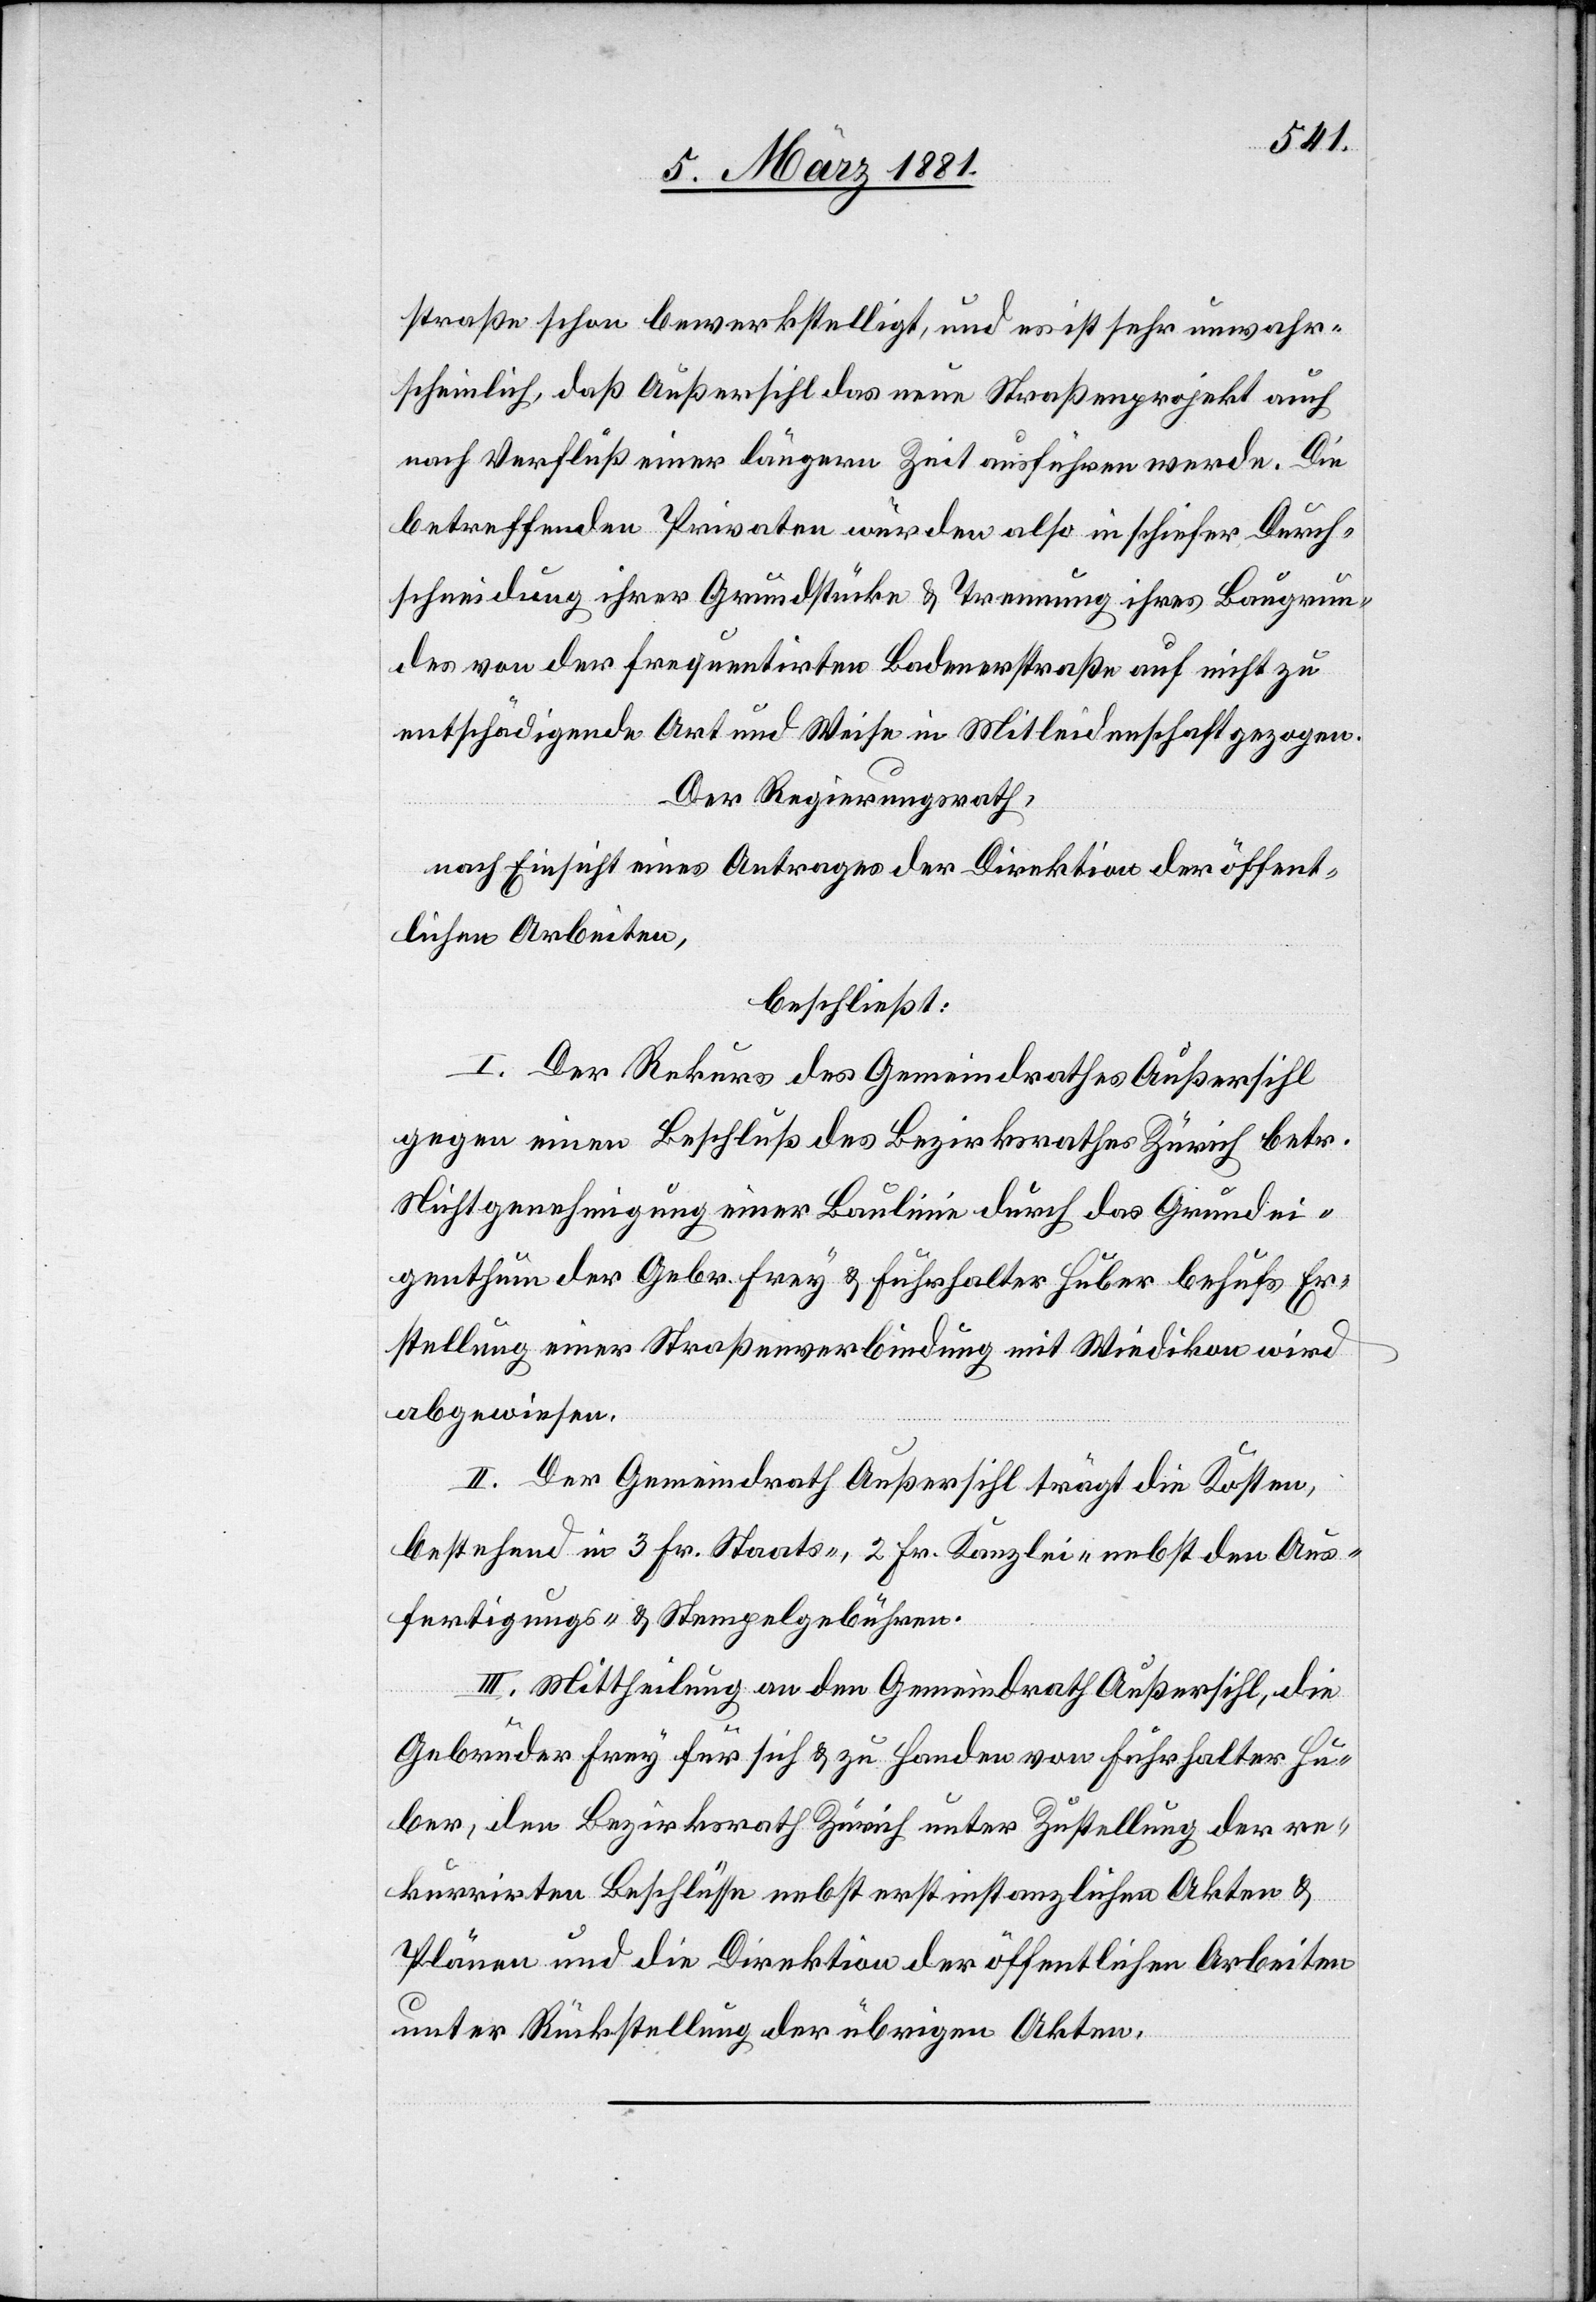
straße schon bewerkstelligt, und es ist sehr unwahr¬
scheinlich, daß Außersihl das neue Straßenprojekt auch
nach Verfluß einer längern Zeit ausführen werde. Die
betreffenden Privaten würden also in schiefer Durch¬
schneidung ihrer Grundstücke & Trennung ihres Baugrun¬
des von der frequentirten Badenerstraße auf nicht zu
entschädigende Art und Weise in Mitleidenschaft gezogen.
Der Regierungsrath,
nach Einsicht eines Antrages der Direktion der öffent¬
lichen Arbeiten,
beschließt:
I. Der Rekurs des Gemeindrathes Außersihl
gegen einen Beschluß des Bezirksrathes Zürich betr.
Nichtgenehmigung einer Baulinie durch das Grundei¬
genthum der Gebr. Frey & Fuhrhalter Huber behufs Er¬
stellung einer Straßenverbindung mit Wiedikon wird
abgewiesen.
II. Der Gemeindrath Außersihl trägt die Kosten,
bestehend in 3 Fr. Staats-, 2 Fr. Kanzlei- nebst den Aus¬
fertigungs- & Stempelgebühren.
III. Mittheilung an den Gemeindrath Außersihl, die
Gebrüder Frey für sich & zu Handen von Fuhrhalter Hu¬
ber, den Bezirksrath Zürich unter Zustellung der re¬
kurrirten Beschlüsse nebst erstinstanzlichen Akten &
Plänen und die Direktion der öffentlichen Arbeiten
unter Rückstellung der übrigen Akten.